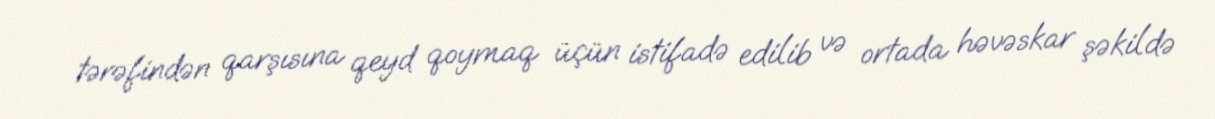
tərəfindən qarşısına qeyd qoymaq üçün istifadə edilib və ortada həvəskar şəkildə